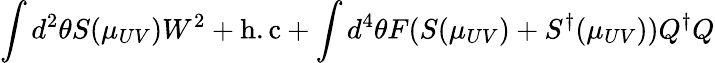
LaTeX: \int d^{2}\theta S(\mu_{UV})W^{2}+\mathrm{h.c}+\int d^{4}\theta F(S(\mu_{UV})+S^{\dagger}(\mu_{UV}))Q^{\dagger}Q